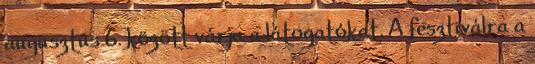
augusztus 6. között várja a látogatókat. A fesztiválra a